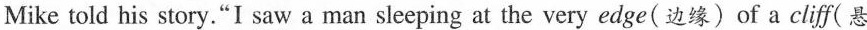
Mike told his story. "I saw a man sleeping at the very edge(边缘) of a cliff(悬